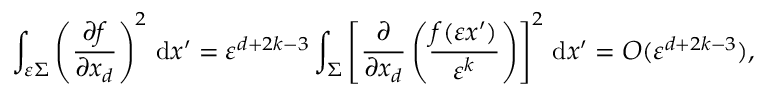
\int _ { \varepsilon \Sigma } \left( \frac { \partial f } { \partial { x _ { d } } } \right) ^ { 2 } \, \mathrm { d } x ^ { \prime } = \varepsilon ^ { d + 2 k - 3 } \int _ { \Sigma } \left[ \frac { \partial } { \partial { x _ { d } } } \left( \frac { f ( \varepsilon x ^ { \prime } ) } { \varepsilon ^ { k } } \right) \right] ^ { 2 } \, \mathrm { d } x ^ { \prime } = O ( \varepsilon ^ { d + 2 k - 3 } ) ,